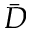
\bar { D }